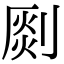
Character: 㓹